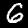
Digit: 6